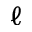
\ell